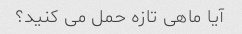
آیا ماهی تازه حمل می کنید؟